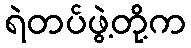
ရဲတပ်ဖွဲ့တို့က